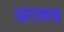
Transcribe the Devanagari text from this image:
अरायस